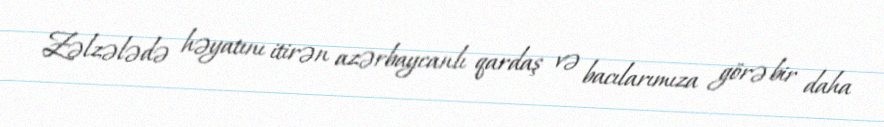
Zəlzələdə həyatını itirən azərbaycanlı qardaş və bacılarımıza görə bir daha